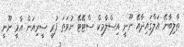
ޠާލިބާނޭ އަލްޤައިދާއޭ ނޫނީ އިސްލާމިކް ސްޓޭޓޭ ނުވަތަ ފުރީ ސީރިއަން އާމީ ނޫނީ